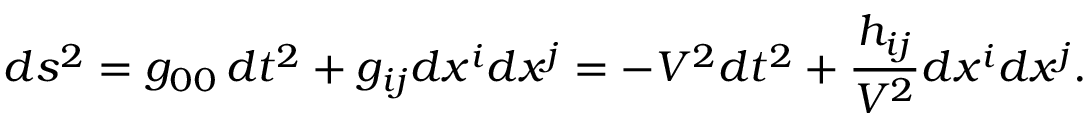
d s \sp 2 = g _ { 0 0 } \, d t \sp 2 + g _ { i j } d x \sp { i } d x \sp { j } = - V \sp 2 d t \sp 2 + \frac { h _ { i j } } { V \sp 2 } d x \sp { i } d x \sp { j } .